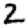
Digit: 2